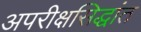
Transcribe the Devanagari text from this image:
अपरीक्षसिद्धांत